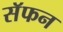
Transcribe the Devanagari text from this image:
सॅफन